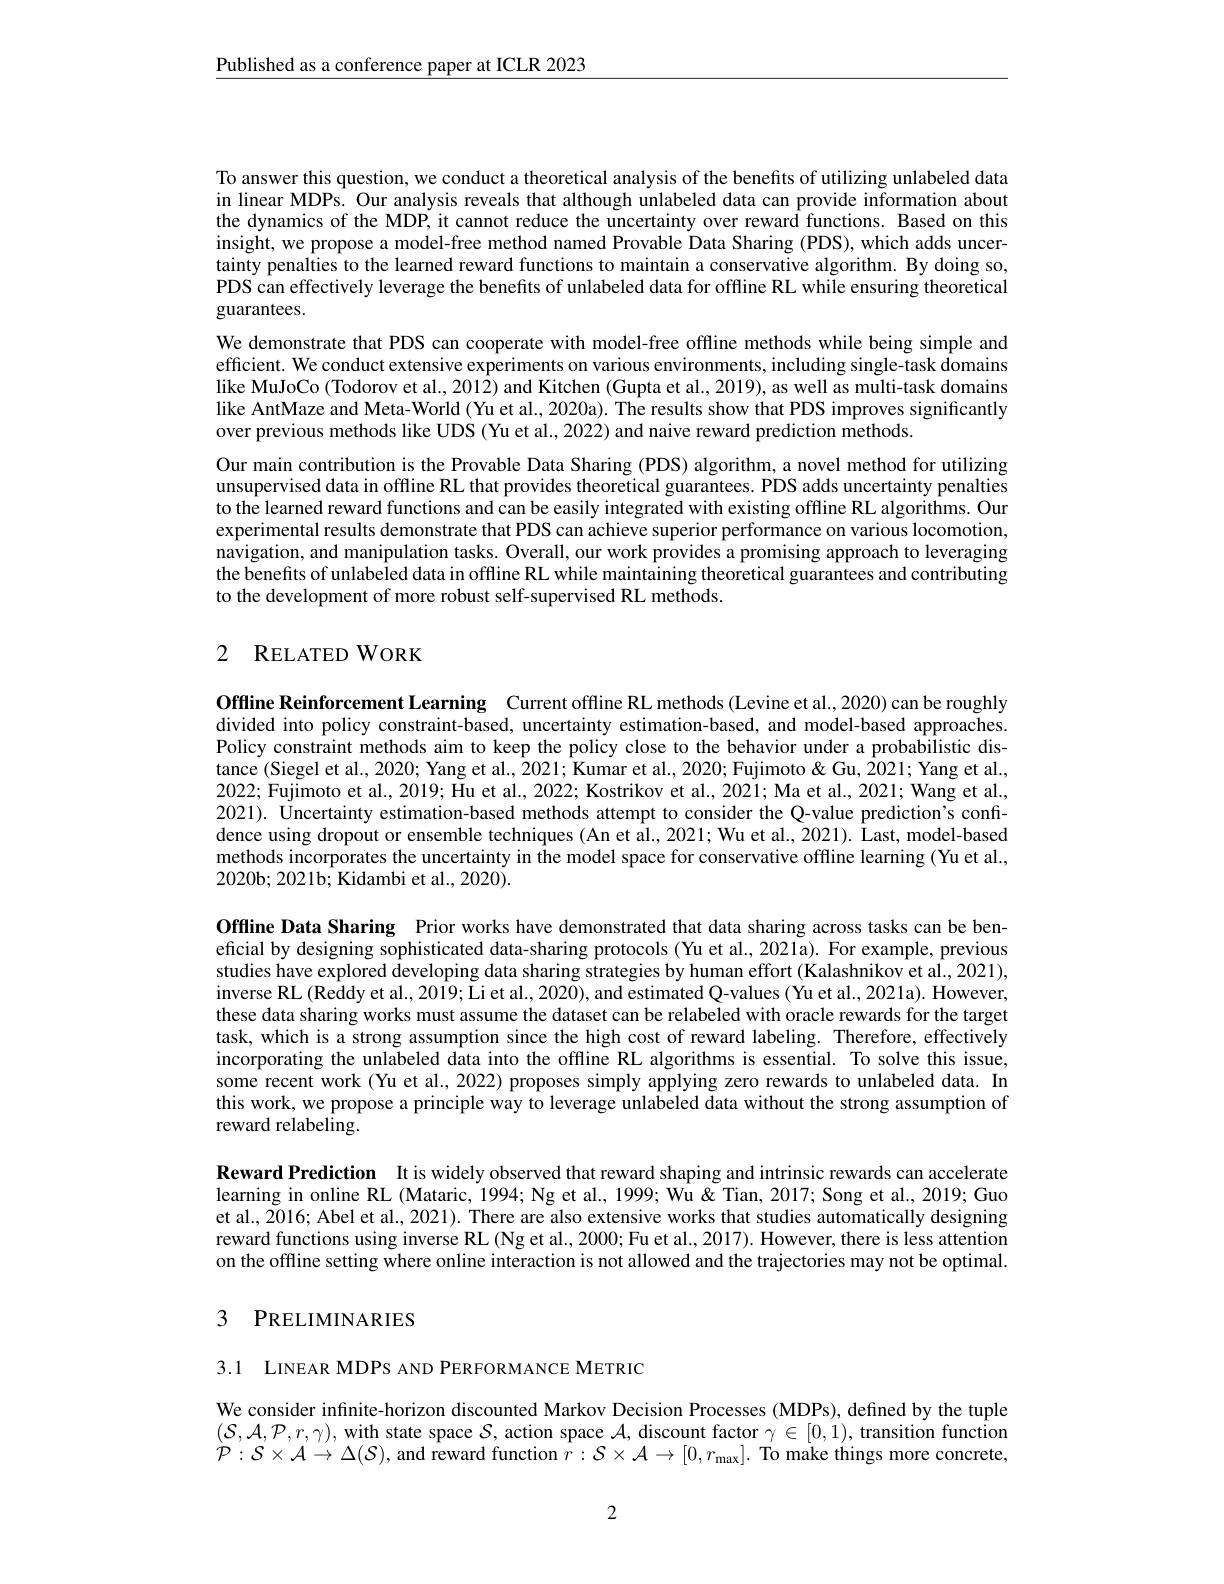
$\underline{\text{Published as a conference paper at ICLR 2023}}$

To answer this question, we conduct a theoretical analysis of the benefits of utilizing unlabeled data in linear MDPs. Our analysis reveals that although unlabeled data can provide information about the dynamics of the MDP, it cannot reduce the uncertainty over reward functions. Based on this insight, we propose a model-free method named Provable Data Sharing (PDS), which adds uncertainty penalties to the learned reward functions to maintain a conservative algorithm. By doing so, PDS can effectively leverage the benefits of unlabeled data for offline RL while ensuring theoretical guarantees.
We demonstrate that PDS can cooperate with model-free offline methods while being simple and efficient. We conduct extensive experiments on various environments, including single-task domains like MuJoCo (Todorov et al., 2012) and Kitchen (Gupta et al., 2019), as well as multi-task domains like AntMaze and Meta-World (Yu et al., 2020a). The results show that PDS improves significantly over previous methods like UDS (Yu et al., 2022) and naive reward prediction methods.
Our main contribution is the Provable Data Sharing (PDS) algorithm, a novel method for utilizing unsupervised data in offline RL that provides theoretical guarantees. PDS adds uncertainty penalties to the learned reward functions and can be easily integrated with existing offline RL algorithms. Our experimental results demonstrate that PDS can achieve superior performance on various locomotion, navigation, and manipulation tasks. Overall, our work provides a promising approach to leveraging the benefits of unlabeled data in offline RL while maintaining theoretical guarantees and contributing to the development of more robust self-supervised RL methods.

## 2 RELATEDWORK

Offline Reinforcement Learning Current offline RL methods (Levine et al., 2020) can be roughly divided into policy constraint-based, uncertainty estimation-based, and model-based approaches. Policy constraint methods aim to keep the policy close to the behavior under a probabilistic distance (Siegel et al., 2020; Yang et al., 2021; Kumar et al., 2020; Fujimoto & Gu, 2021; Yang et al., 2022; Fujimoto et al., 2019; Hu et al., 2022; Kostrikov et al., 2021; Ma et al., 2021; Wang et al., 2021). Uncertainty estimation-based methods attempt to consider the Q-value prediction's confidence using dropout or ensemble techniques (An et al., 2021; Wu et al., 2021). Last, model-based methods incorporates the uncertainty in the model space for conservative offline learning (Yu et al., 2020b; 2021b; Kidambi et al., 2020).

Offline Data Sharing Prior works have demonstrated that data sharing across tasks can be beneficial by designing sophisticated data-sharing protocols (Yu et al., 2021a). For example, previous studies have explored developing data sharing strategies by human effort (Kalashnikov et al., 2021), inverse RL (Reddy et al., 2019; Li et al., 2020), and estimated Q-values (Yu et al., 2021a). However, these data sharing works must assume the dataset can be relabeled with oracle rewards for the target task, which is a strong assumption since the high cost of reward labeling. Therefore, effectively incorporating the unlabeled data into the offline RL algorithms is essential. To solve this issue, some recent work (Yu et al., 2022) proposes simply applying zero rewards to unlabeled data. In this work, we propose a principle way to leverage unlabeled data without the strong assumption of reward relabeling.

Reward Prediction It is widely observed that reward shaping and intrinsic rewards can accelerate learning in online RL (Mataric, 1994; Ng et al., 1999; Wu& Tian, 2017; Song et al., 2019; Guo et al., 2016; Abel et al., 2021). There are also extensive works that studies automatically designing reward functions using inverse RL (Ng et al., 2000; Fu et al., 2017). However, there is less attention on the offline setting where online interaction is not allowed and the trajectories may not be optimal.

# 3 PRELIMINARIES

3.1 LINEAR MDPS AND PERFORMANCE METRIC

We consider infnite-horizon discounted Markov Decision Processes (MDPs), defined by the tuple $(\mathcal{S},\mathcal{A},\mathcal{P},r,\gamma)$, with state space $\mathcal{S}$, action space $\mathcal{A}$, discount factor $\gamma\in[0,1)$, transition function $\mathcal{P}:\mathcal{S}\times\mathcal{A}\to\Delta(\mathcal{S})$, and reward function $\hat{r} : \mathcal{S} \times \mathcal{A} \to [ 0, r_{\mathrm{max}}] .$ To make things more concrete,

2